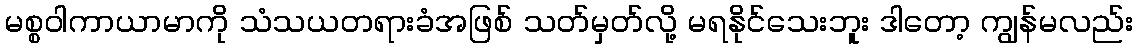
မစ္စဝါကာယာမာကို သံသယတရားခံအဖြစ် သတ်မှတ်လို့ မရနိုင်သေးဘူး ဒါတော့ ကျွန်မလည်း